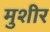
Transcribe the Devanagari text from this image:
मुशीर